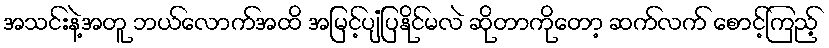
အသင်းနဲ့အတူ ဘယ်လောက်အထိ အမြင့်ပျံပြနိုင်မလဲ ဆိုတာကိုတော့ ဆက်လက် စောင့်ကြည့်